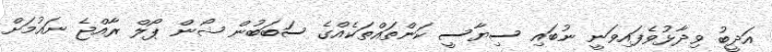
އަދީބު ވިދާޅުވެފައިވަނީ ނުބައި ސިޔާސީ ކަންތައްތަކެއްގެ ސަބަބުން ޝޯން ޕޯލް ރާއްޖެ ނައުމަށް